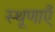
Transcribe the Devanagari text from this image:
स्थूणाएँ